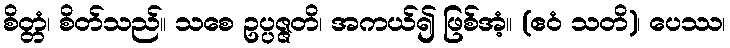
စိတ္တံ၊ စိတ်သည်။ သစေ ဥပ္ပဇ္ဇတိ၊ အကယ်၍ ဖြစ်အံ့။ (ဧဝံ သတိ)၊ ပေဿ၊